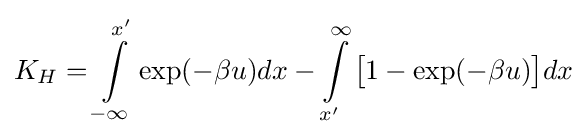
K_{H}=\int \limits _{-\infty }^{x'}\exp(-\beta u)dx-\int \limits _{x'}^{\infty }{\big [}1-\exp(-\beta u){\big ]}dx